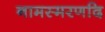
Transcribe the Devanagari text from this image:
नामस्मरणदि